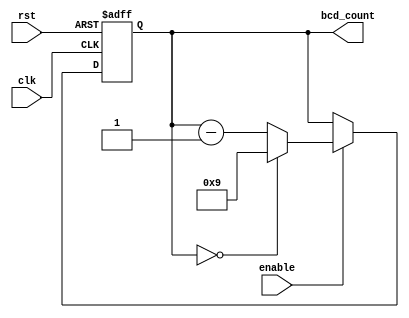
module BCD_Down_Counter (
    input wire clk,
    input wire rst,
    input wire enable,
    output reg [3:0] bcd_count
);

reg [3:0] bcd_count_reg;

always @(posedge clk or posedge rst) begin
    if(rst) begin
        bcd_count_reg <= 4'b0000;
    end else if(enable) begin
        if(bcd_count_reg == 4'b0000) begin
            bcd_count_reg <= 4'b1001;
        end else begin
            bcd_count_reg <= bcd_count_reg - 1;
        end
    end
end

assign bcd_count = bcd_count_reg;

endmodule